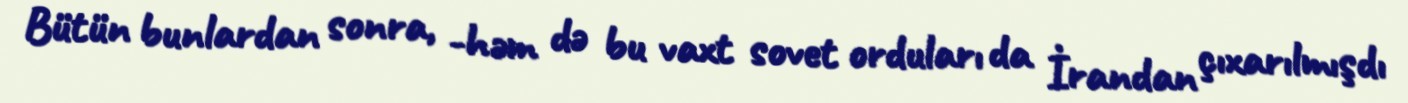
Bütün bunlardan sonra, -həm də bu vaxt sovet orduları da İrandan çıxarılmışdı